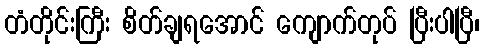
တံတိုင်းကြီး စိတ်ချရအောင် ကျောက်တုပ် ပြီးပါပြီ၊